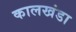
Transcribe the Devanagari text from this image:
कालखंडा